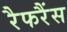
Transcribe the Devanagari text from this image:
रैफरैंस